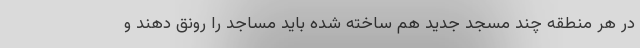
در هر منطقه چند مسجد جدید هم ساخته شده باید مساجد را رونق دهند و